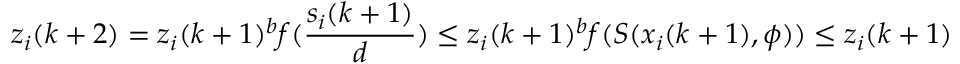
z _ { i } ( k + 2 ) = z _ { i } ( k + 1 ) ^ { b } f ( \frac { s _ { i } ( k + 1 ) } { d } ) \leq z _ { i } ( k + 1 ) ^ { b } f ( S ( x _ { i } ( k + 1 ) , \phi ) ) \leq z _ { i } ( k + 1 )